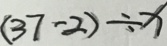
( 3 7 - 2 ) \div x